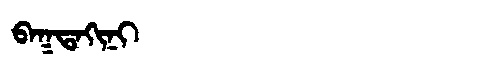
Manchu: ᠪᠠᡴᡨᠠᡴᡳᠨᡳ
Romanization: BAKTAKINI